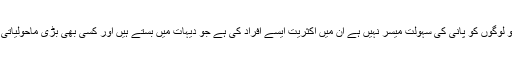
واٹر ایڈ انڈیا کے سربراہ وی کے مدہاون نے کہا ہے کہ جو لوگوں کو پانی کی سہولت میسر نہیں ہے ان میں اکثریت ایسے افراد کی ہے جو دیہات میں بستے ہیں اور کسی بھی بڑی ماحولیاتی تبدیلی سے ان لوگوں کی حالتِ زار مزید ابتر ہو جائے گی۔